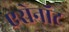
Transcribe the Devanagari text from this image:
एरोनॉट